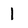
Character: l